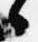
々